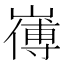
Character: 𭗚